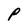
Character: P